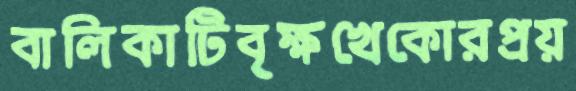
বালিকাটিবৃক্ষখেকোরপ্রয়